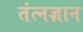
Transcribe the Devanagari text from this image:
तंत्नज्ञान